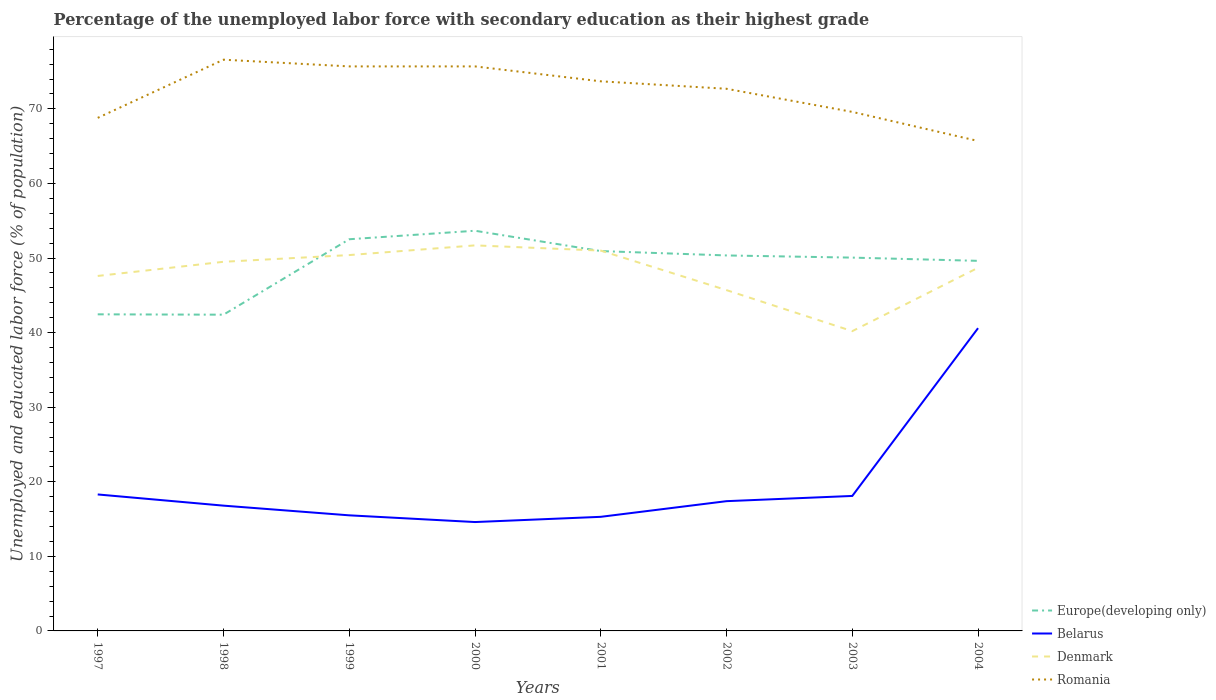
| Years | Europe(developing only) | Belarus | Denmark | Romania |
 | --- | --- | --- | --- | --- |
 | 1997 | 42.5 | 18.3 | 47.6 | 68.8 |
 | 1998 | 42.4 | 16.8 | 49.5 | 76.6 |
 | 1999 | 52.5 | 15.5 | 50.4 | 75.7 |
 | 2000 | 53.7 | 14.6 | 51.7 | 75.7 |
 | 2001 | 50.9 | 15.3 | 51 | 73.7 |
 | 2002 | 50.4 | 17.4 | 45.7 | 72.7 |
 | 2003 | 50.1 | 18.1 | 40.2 | 69.6 |
 | 2004 | 49.6 | 40.6 | 48.7 | 65.7 |